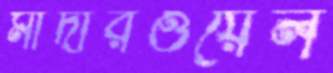
মাদারওয়েল